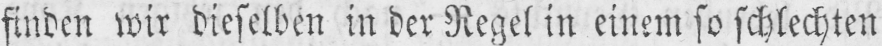
finden wir dieselben in der Regel in einem so schlechten